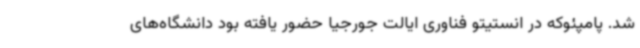
شد. پامپئوکه در انستیتو فناوری ایالت جورجیا حضور یافته بود دانشگاه‌های